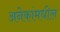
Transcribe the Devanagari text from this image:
अनेकांमधील